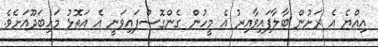
އިއްޔެ އެ ރަށުން ބާލާފައިވާއިރު އެ މީހުން ގެންގޮސްފައިވަނީ އެ އަތޮޅު މަހިބަދޫއަށެވެ.